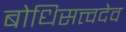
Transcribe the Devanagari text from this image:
बोधिसत्त्वदेव